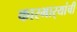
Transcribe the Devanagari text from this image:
कारभार्‍यांची